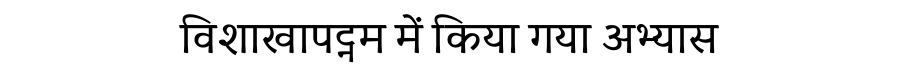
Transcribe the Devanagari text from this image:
विशाखापट्नम में किया गया अभ्यास